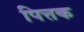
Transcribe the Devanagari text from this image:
पित्तक